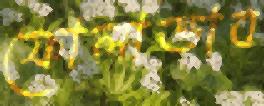
ফোলাভাব